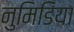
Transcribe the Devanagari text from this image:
नुमिडिया